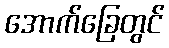
အောက်ခြေတွင်